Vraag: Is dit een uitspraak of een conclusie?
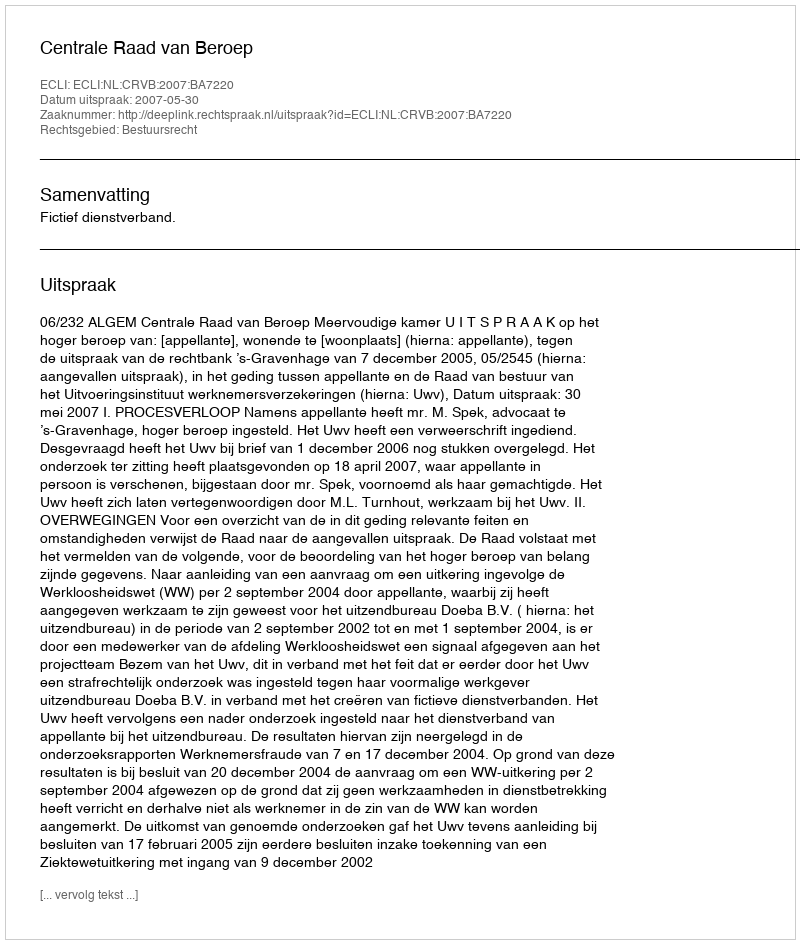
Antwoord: Uitspraak